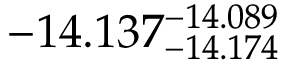
- 1 4 . 1 3 7 _ { - 1 4 . 1 7 4 } ^ { - 1 4 . 0 8 9 }